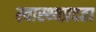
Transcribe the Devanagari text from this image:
स्वास्थ्यप्रदता